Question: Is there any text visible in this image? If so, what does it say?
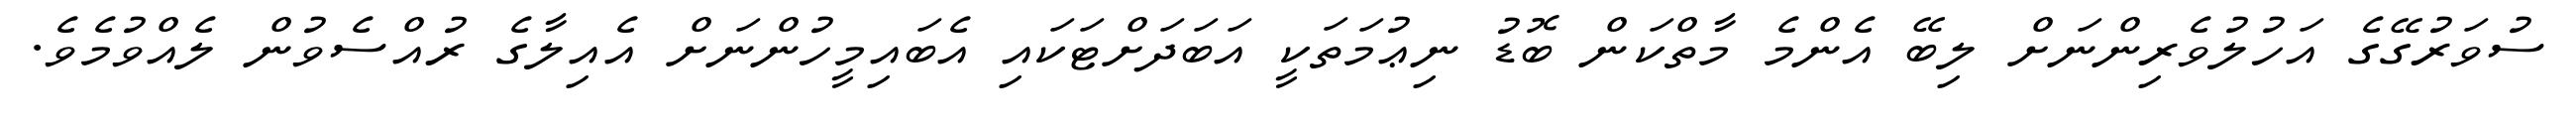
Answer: ސުވަރުގޭގެ އަހުލުވެރިންނަށް ލިބޭ އެންމެ މާތްކަން ބޮޑު ނިޢުމަތަކީ އަބަދަށްޓަކައި އެބައިމީހުންނަށް އެއިލާގެ ރުއްސެވުން ލެއްވުމެވެ.